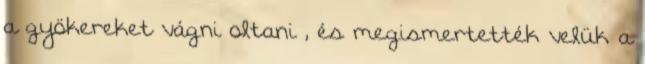
a gyökereket vágni oltani , és megismertették velük a